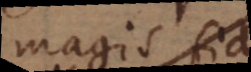
magis fid